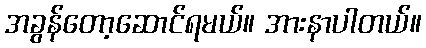
အခွန်တော့ဆောင်ရမယ်။ အားနာပါတယ်။